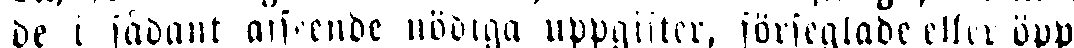
de i sådant afseende nödiga uppgifter, förseglade eller öpp-